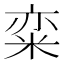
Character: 𱹃